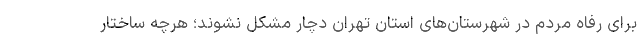
برای رفاه مردم در شهرستان‌های استان تهران دچار مشکل نشوند؛ هرچه ساختار